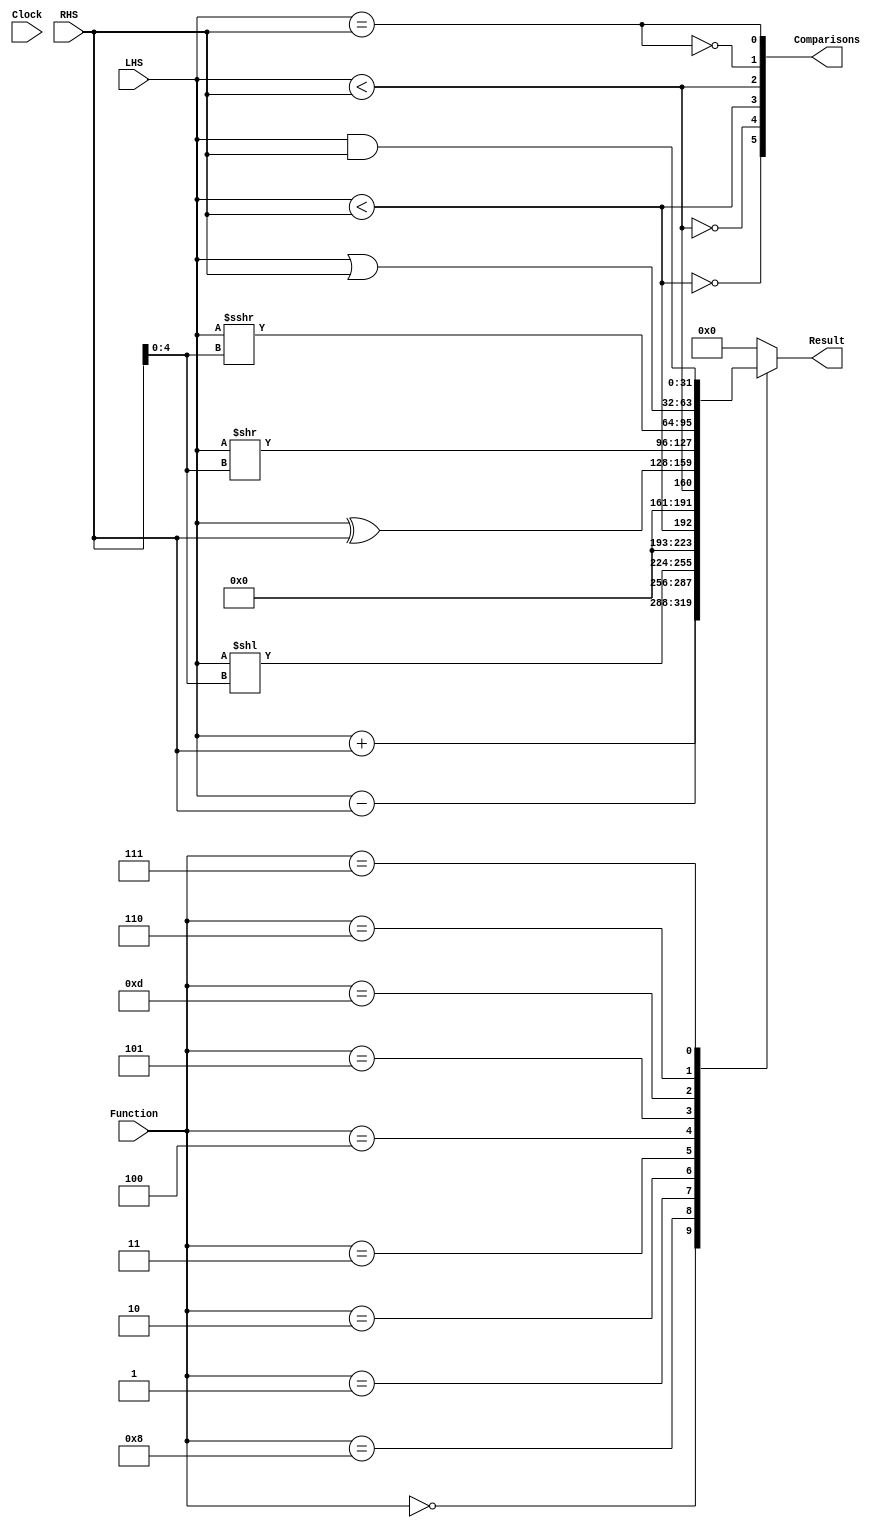

module ALU(
input [31:0] LHS,
input [31:0] RHS,

output [31:0] Result,
output [5:0] Comparisons,

input [3:0] Function,

input Clock

);


wire Comparison_Equal = LHS == RHS;
wire Comparison_NotEqual = !Comparison_Equal;
wire Comparison_LessThanUnsigned = LHS < RHS;
wire Comparison_LessThanSigned = $signed(LHS) < $signed(RHS);
wire Comparison_GreaterEqualsUnsigned = !Comparison_LessThanUnsigned;
wire Comparison_GreaterEqualsSigned = !Comparison_LessThanSigned;
 
 //Remeber, not index order, but 'wire order'
 assign Comparisons = {Comparison_GreaterEqualsSigned, Comparison_GreaterEqualsUnsigned, Comparison_LessThanSigned, Comparison_LessThanUnsigned, Comparison_NotEqual, Comparison_Equal};
 
/*
	ALU Functino mappings
	0000 -> Add
	1000 -> Subtract
	0001 -> SLL
	0010 -> SLT
	0011 -> SLTU
	0100 -> XOR
	0101 -> SRL
	1101 -> SRA
	0110 -> OR
	0111 -> AND
*/


function [31:0] ALU_Logic;
	input [31:0] lhs;
	input [31:0] rhs;
	input [3:0] func;
	begin
	
	case(func)
	
		4'b0000 : ALU_Logic = LHS + RHS;
		4'b1000 : ALU_Logic = LHS - RHS;
		
		4'b0001 : ALU_Logic = LHS << RHS[4:0];
		
		4'b0010 : ALU_Logic = {31'd0, Comparison_LessThanSigned}; //Set Less than
		4'b0011 : ALU_Logic = {31'd0, Comparison_LessThanUnsigned}; //Set Less than unsigned
		
		
		4'b0100 : ALU_Logic = LHS ^ RHS;

		4'b0101 : ALU_Logic = LHS >> RHS[4:0];
		4'b1101 : ALU_Logic = LHS >>> RHS[4:0];
		
		
		4'b0110 : ALU_Logic = LHS | RHS;
		4'b0111 : ALU_Logic = LHS & RHS;
		
	
		default : ALU_Logic = 32'd0;
	endcase
	
	end
endfunction

assign Result = ALU_Logic(LHS,RHS,Function);

endmodule